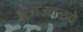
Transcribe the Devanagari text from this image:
क्षेत्राजवळचे